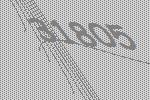
31805